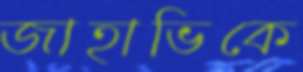
জাহাভিকে